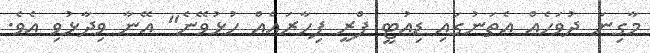
މާގިނަ ދުވަހެއް އެތަނުގައި ޑިއުޓީ ފްރީ ފިހާރައެއް ހުޅުވޭނެ" އޭނާ ވިދާޅުވި އެވެ.